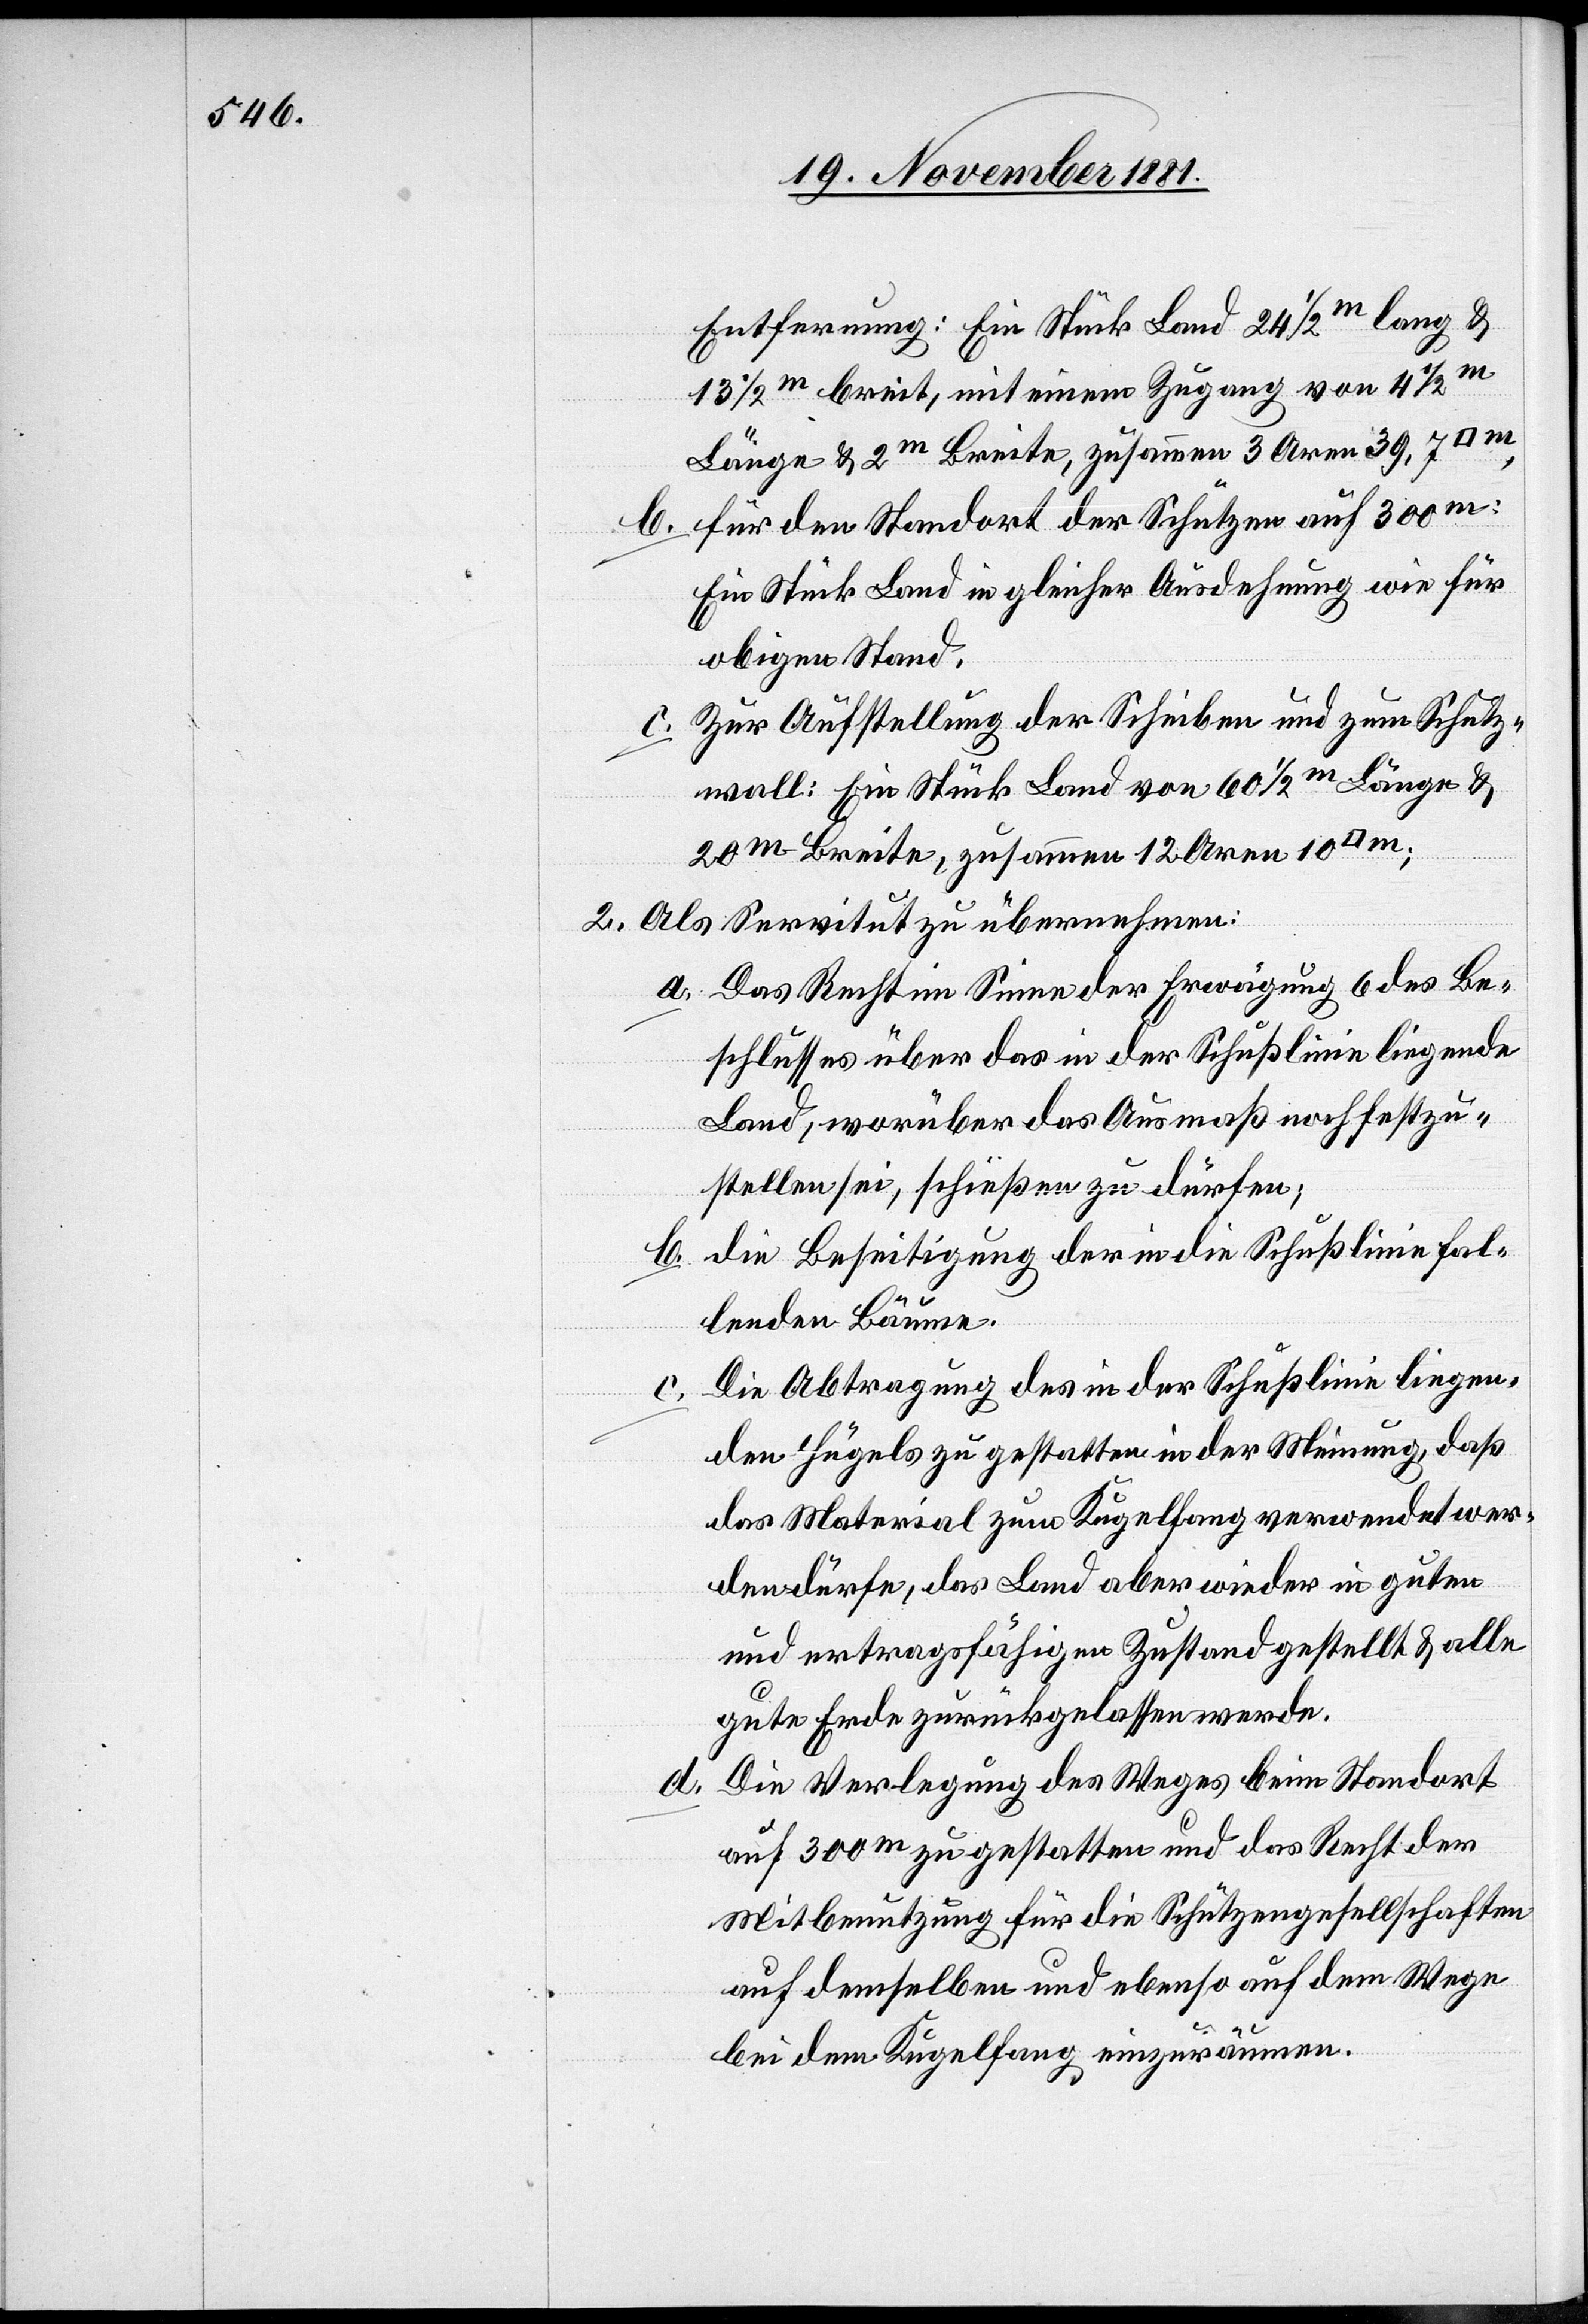
Entfernung: Ein Stück Land 24 1/2m lang &
13 1/2m breit, mit einem Zugang von 4 1/2m
Länge & 2m Breite, zusammen 3 Aren 39,7
b. für den Standort der Schützen auf 300m:
Ein Stück Land in gleicher Ausdehnung wie für
obigen Stand.
Zur Aufstellung der Scheiben und zum Schutz¬
b.
wall: Ein Stück Land von 60 1/2m Länge &
20m Breite, zusammen 12 Aren 10
2. Als Servitut zu übernehmen:
a. Das Recht im Sinne der Erwägung 6 des Be¬
schlusses über das in der Schußlinie liegende
Land, worüber das Ausmaß noch festzu¬
stellen sei, schießen zu dürfen;
die Beseitigung der in die Schußlinie fal¬
lenden Bäume.
Die Abtragung des in der Schußlinie liegen¬
c.
den Hügels zu gestatten in der Meinung, daß
das Material zum Kugelfang verwendet wer¬
den dürfe, das Land aber wieder in guten
und ertragsfähigen Zustand gestellt & alle
gute Erde zurückgelassen werde.
d. Die Verlegung des Weges beim Standort
auf 300m zu gestatten und das Recht der
Mitbenutzung für die Schützengesellschaften
auf demselben und ebenso auf dem Wege
bei dem Kugelfang einzuräumen.